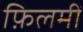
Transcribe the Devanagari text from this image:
फ़िलमीं